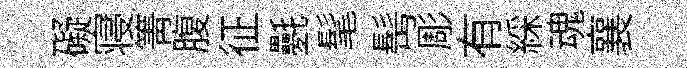
礙寝箐腹征氎髦髩彫有綵魂襄